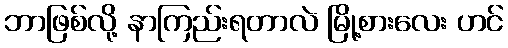
ဘာဖြစ်လို့ နာကြည်းရတာလဲ မြို့စားလေး ဟင်